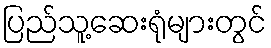
ပြည်သူ့ဆေးရုံများတွင်